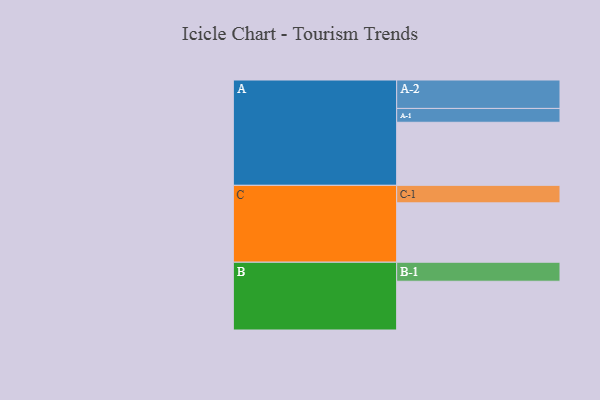
{"axis": {"x": "Segment", "y": "Value"}, "legend": ["", "A", "B", "C"], "data": [{"x": "A", "y": 428, "type": ""}, {"x": "B", "y": 331, "type": ""}, {"x": "C", "y": 403, "type": ""}, {"x": "A-1", "y": 94, "type": "A"}, {"x": "A-2", "y": 193, "type": "A"}, {"x": "B-1", "y": 129, "type": "B"}, {"x": "C-1", "y": 119, "type": "C"}]}